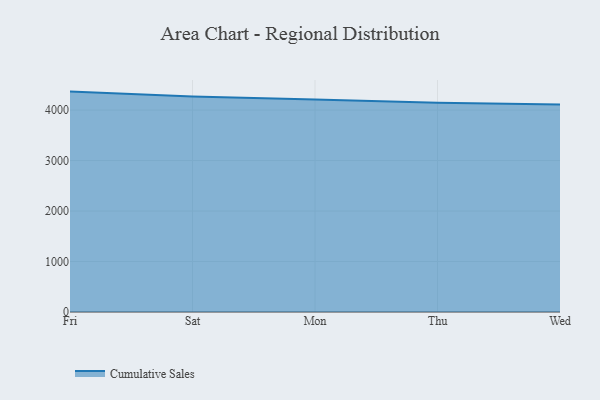
{"axis": {"x": "Day", "y": "Bounce Rate (%)"}, "legend": ["Cumulative Sales"], "data": [{"x": "Fri", "y": 4366.2, "type": "Cumulative Sales"}, {"x": "Sat", "y": 4268.8, "type": "Cumulative Sales"}, {"x": "Mon", "y": 4210.1, "type": "Cumulative Sales"}, {"x": "Thu", "y": 4145.6, "type": "Cumulative Sales"}, {"x": "Wed", "y": 4109.8, "type": "Cumulative Sales"}]}